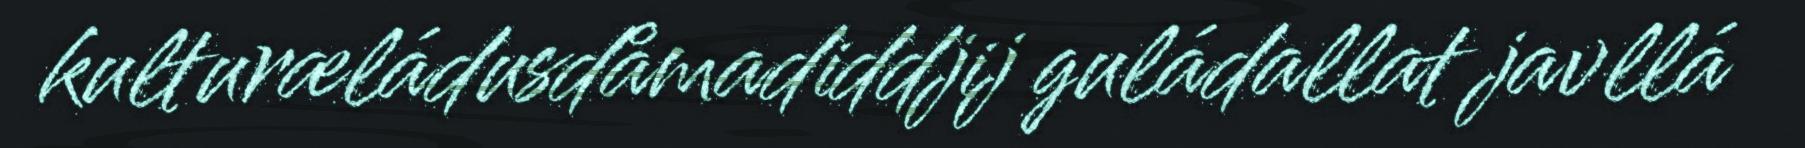
kulturæládusdåmadiddjij guládallat javllá